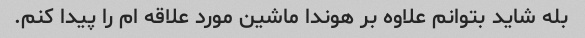
بله شاید بتوانم علاوه بر هوندا ماشین مورد علاقه ام را پیدا کنم.